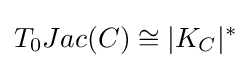
T_{0}Jac(C)\cong |K_{C}|^{*}